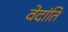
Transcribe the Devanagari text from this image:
वेदांति